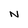
Character: N